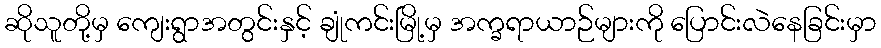
ဆိုသူတို့မှ ကျေးရွာအတွင်းနှင့် ချုံကင်းမြို့မှ အက္ခရာယာဉ်များကို ပြောင်းလဲနေခြင်းမှာ